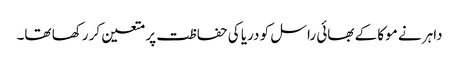
داہر نے موکا کے بھائی راسل کو دریا کی حفاظت پر متعین کر رکھا تھا۔